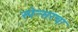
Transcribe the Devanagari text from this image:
स्पेन्सरचा